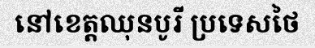
នៅខេត្តឈុនបូរី ប្រទេសថៃ